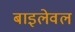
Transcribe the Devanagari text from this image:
बाइलेवल